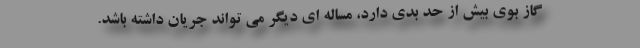
گاز بوی بیش از حد بدی دارد، مساله ای دیگر می تواند جریان داشته باشد.